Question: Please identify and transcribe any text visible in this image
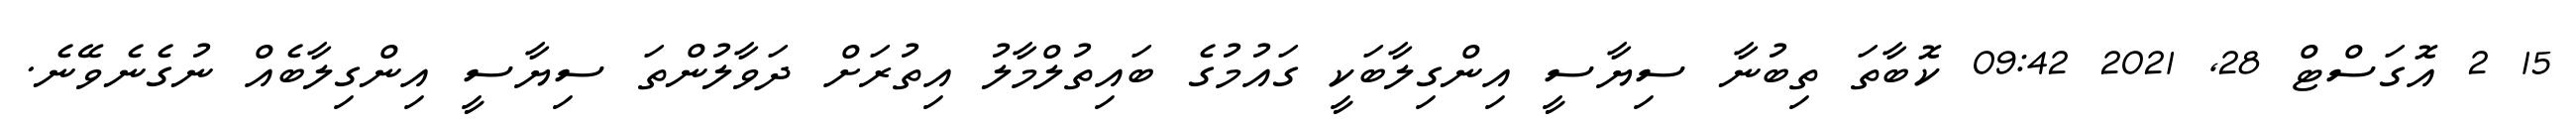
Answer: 15 2 އޮގަސްޓް 28, 2021 09:42 ކޮބާތަ ތިބުނާ ސިޔާސީ އިންގިލާބަކީ ގައުމުގެ ބައިތުލްމާލު އިތުރަށް ދަވާލުންތަ ސިޔާސީ އިންގިލާބެއް ނުގެނެވޭނެ.